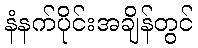
နံနက်ပိုင်းအချိန်တွင်